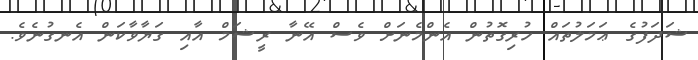
ޝަދަފުގެ ޢަމަލުތައް ހުރިގޮތުން އެންމެނަށް ވެސް އޭނާ ރީޝަމް އާއި ގަޔާވާކަން އެނގުނެވެ.